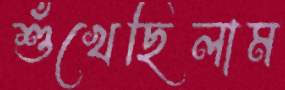
শুঁখেছিলাম